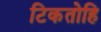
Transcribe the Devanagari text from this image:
टिकतोहि